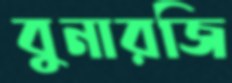
বুনারজি